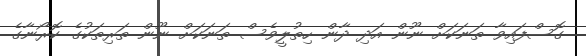
ގޮސްފައިވާ ތަނަކަށް ނޫން އަދި ދާން ހިތުލީވެސް ތަނަކަށް ނޫން ތަރިތަކުގެ ކޮރޯނާގެ